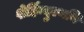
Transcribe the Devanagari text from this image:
शेर्हिन्दुस्थनि